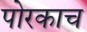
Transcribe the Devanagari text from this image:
पोरकाच